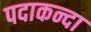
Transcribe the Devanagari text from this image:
पदाकन्दा